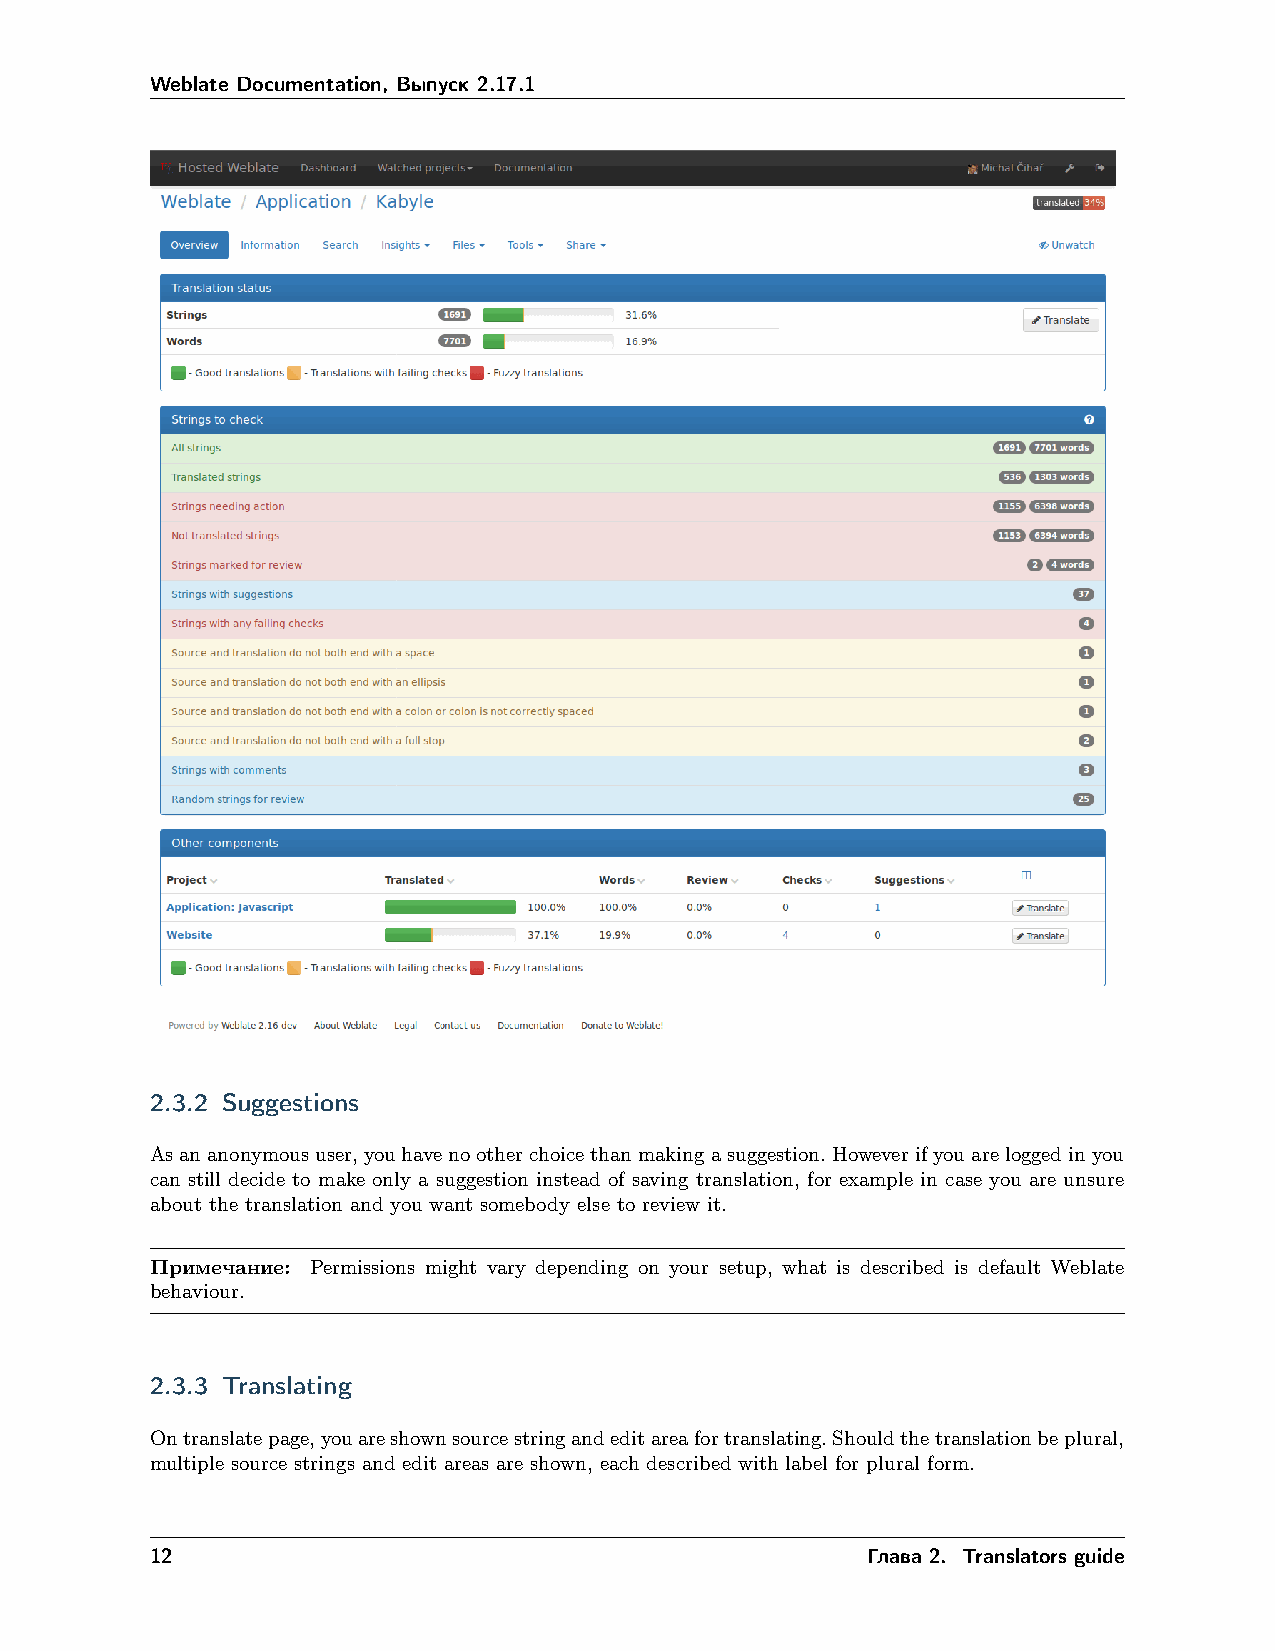
Weblate Documentation, Выпуск 2.17.1
 2.3.2 Suggestions
 Asananonymoususer,youhavenootherchoicethanmakingasuggestion.Howeverifyouareloggedinyou
 can still decide to make only a suggestion instead of saving translation, for example in case you are unsure
 about the translation and you want somebody else to review it.
 Примечание: Permissions might vary depending on your setup, what is described is default Weblate
 behaviour.
 2.3.3 Translating
 Ontranslatepage,youareshownsourcestringandeditareafortranslating.Shouldthetranslationbeplural,
 multiple source strings and edit areas are shown, each described with label for plural form.
 12                                             Глава 2. Translators guide